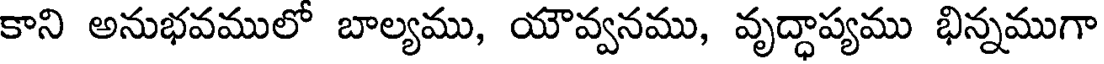
కాని అనుభవములో బాల్యము, యౌవ్వనము, వృద్ధాప్యము భిన్నముగా